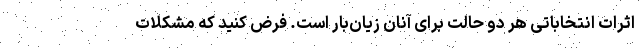
اثرات انتخاباتی هر دو حالت برای آنان زیان‌بار است. فرض کنید که مشکلات